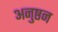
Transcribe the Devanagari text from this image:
अनुष्ठन